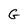
Character: G